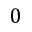
0